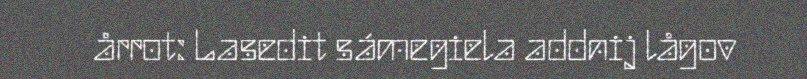
årrot: Lasedit sámegiela addnij lågov